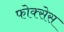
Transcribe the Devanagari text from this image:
फोक्सेस